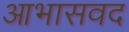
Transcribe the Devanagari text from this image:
आभासवद